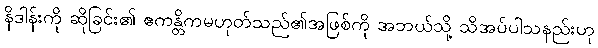
နိဒါန်းကို ဆိုခြင်း၏ ဧကန္တိကမဟုတ်သည်၏အဖြစ်ကို အဘယ်သို့ သိအပ်ပါသနည်းဟု